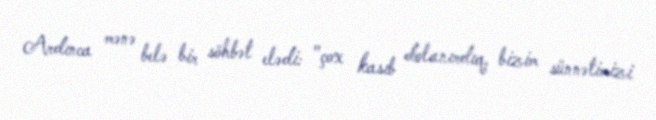
Ardınca mənə belə bir söhbət elədi: "çox kasıb dolanırdıq, bizim sünnətimizi